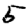
Digit: 5